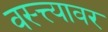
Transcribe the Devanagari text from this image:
वस्त्त्यावर